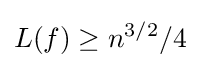
L(f)\geq n^{3/2}/4